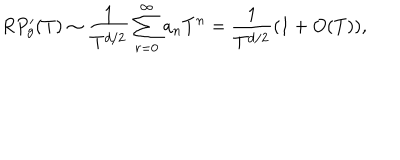
LaTeX: R P _ { g } ^ { \prime } ( T ) \sim \frac { 1 } { T ^ { d / 2 } } \sum _ { r = 0 } ^ { \infty } a _ { n } T ^ { n } = \frac { 1 } { T ^ { d / 2 } } ( 1 + O ( T ) ) ,